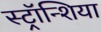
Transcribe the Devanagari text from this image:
स्ट्रॉन्शिया